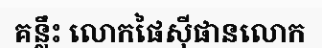
គន្លឹះ លោកផៃស៊ីផានលោក